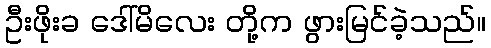
ဦးဖိုးခ ဒေါ်မိလေး တို့က ဖွားမြင်ခဲ့သည်။